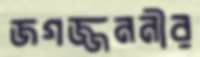
জগজ্জননীর